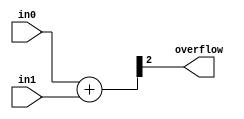
module overflow_compute(
    input [1:0] in0,
    input [1:0] in1,
    output overflow
    );
    wire [1:0] out;
    
    assign {overflow, out} = in0 + in1;

endmodule